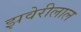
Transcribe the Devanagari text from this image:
झवेरीलाल